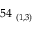
5 4 _ { \ ( 1 , 3 ) }